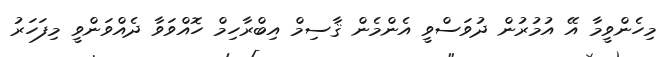
މިހެންވީމާ އޭ އުމުރުން ދުވަސްވީ އެންމެން ޤާސިމް އިބްރާހިމް ހޮއްވަވާ ދެއްވަންވީ މިފަހަރު